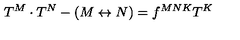
T ^ { M } \cdot T ^ { N } - ( M \leftrightarrow N ) = f ^ { M N K } T ^ { K }